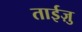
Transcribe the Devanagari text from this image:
ताईज़ु